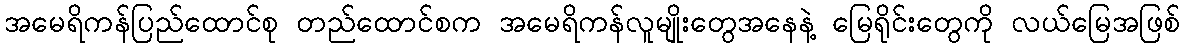
အမေရိကန်ပြည်ထောင်စု တည်ထောင်စက အမေရိကန်လူမျိုးတွေအနေနဲ့ မြေရိုင်းတွေကို လယ်မြေအဖြစ်